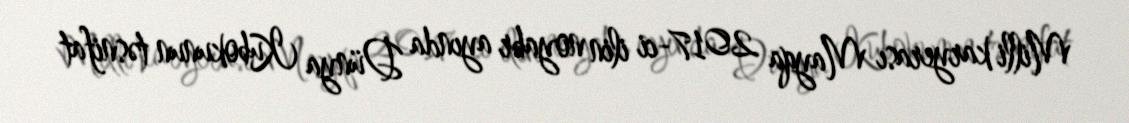
Milli karyerası Mayqa 2017-ci ilin noyabr ayında Dünya Kubokunun təsnifat